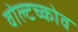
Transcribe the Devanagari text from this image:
वोल्टच्कोव